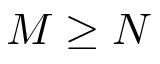
M \geq N